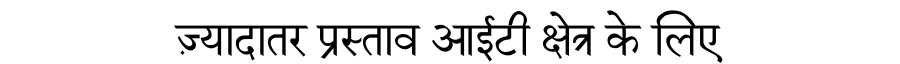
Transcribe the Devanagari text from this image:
ज़्यादातर प्रस्ताव आईटी क्षेत्र के लिए